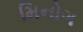
મિનોગ